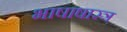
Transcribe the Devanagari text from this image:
भाषाषास्त्र